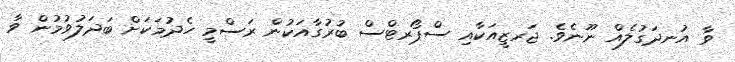
ވާ އުނދަގުލެއް ނޫނެވެ. ޖަރޒީއަކާއި ސްޕޯރޓްސް ބުރުގާއަކުން ރަސްމީ ހެދުމަކަށް ބަދަލުވުމުން ވާ